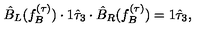
\hat { B } _ { L } ( f _ { B } ^ { ( \tau ) } ) \cdot 1 \hat { \tau } _ { 3 } \cdot \hat { B } _ { R } ( f _ { B } ^ { ( \tau ) } ) = 1 \hat { \tau } _ { 3 } ,